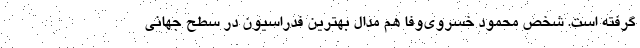
گرفته است. شخص محمود خسروی‌وفا هم مدال بهترین فدراسیون در سطح جهانی